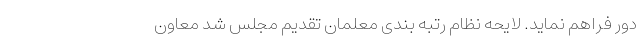
دور فراهم نماید. لایحه نظام رتبه بندی معلمان تقدیم مجلس شد معاون